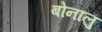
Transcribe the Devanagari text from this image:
बोनालु